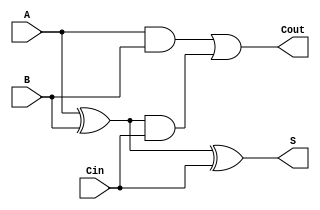
module TreeStructuredFullAdder (
    input wire A,      // First binary input
    input wire B,      // Second binary input
    input wire Cin,    // Carry input from the previous less significant bit
    output wire S,     // Sum output
    output wire Cout   // Carry output to the next more significant bit
);

// Intermediate signals
wire Sum1;          // Intermediate sum
wire Carry1;        // Carry from A and B
wire Carry2;        // Carry from Sum1 and Cin

// First Level of Logic
assign Sum1 = A ^ B;              // Sum1 = A XOR B
assign Carry1 = A & B;            // Carry1 = A AND B

// Second Level of Logic
assign S = Sum1 ^ Cin;            // Final Sum S = Sum1 XOR Cin
assign Carry2 = Sum1 & Cin;       // Carry2 = Sum1 AND Cin

// Final Level of Logic
assign Cout = Carry1 | Carry2;    // Final Carry Cout = Carry1 OR Carry2

endmodule